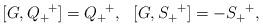
LaTeX: \begin{align*}\begin{array}{ll}[G,Q_+^{\enskip +}]=Q_+^{\enskip +}, &[G,S_+^{\enskip +}]=-S_+^{\enskip +},\end{array}\end{align*}